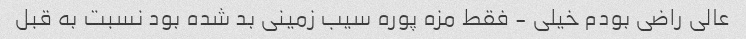
عالی راضی بودم خیلی - فقط مزه پوره سیب زمینی بد شده بود نسبت به قبل